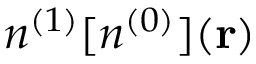
n ^ { ( 1 ) } [ n ^ { ( 0 ) } ] ( { \bf r } )